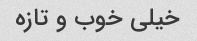
خیلی‌ خوب و تازه